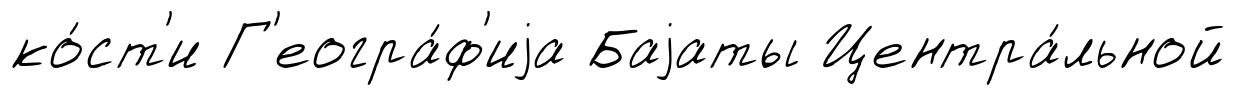
ко́ст'и Г'еогра́ф'иjа Баjаты Центра́льной